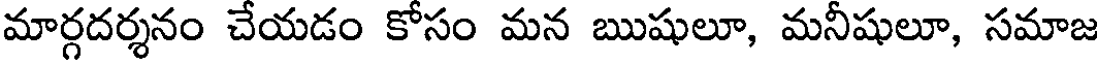
మార్గదర్శనం చేయడం కోసం మన ఋషులూ, మనీషులూ, సమాజ